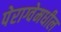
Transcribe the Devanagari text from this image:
पेराग्वेमधील